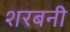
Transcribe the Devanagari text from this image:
शरबनी